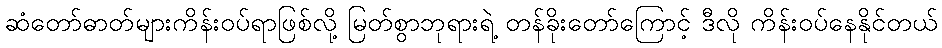
ဆံတော်ဓာတ်များကိန်းဝပ်ရာဖြစ်လို့ မြတ်စွာဘုရားရဲ့ တန်ခိုးတော်ကြောင့် ဒီလို ကိန်းဝပ်နေနိုင်တယ်